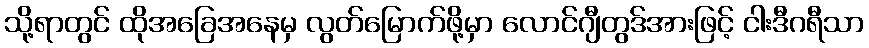
သို့ရာတွင် ထိုအခြေအနေမှ လွတ်မြောက်ဖို့မှာ လောင်ဂျီတွဒ်အားဖြင့် ငါးဒီဂရီသာ